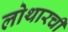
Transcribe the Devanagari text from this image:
लोथारची